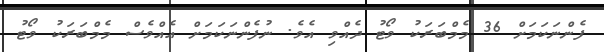
ފެންނަކަމަށް 36 މެމްބަރަކު ވޯޓު ދެއްވި އެވެ. ނުފެންނަކަމަށް އެއްވެސް މެމްބަރަކު ވޯޓު